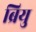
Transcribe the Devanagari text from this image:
ब्रियु